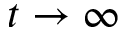
t \to \infty